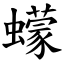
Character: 蠓